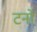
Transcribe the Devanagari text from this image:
टनो